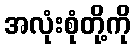
အလုံးစုံတို့ကို